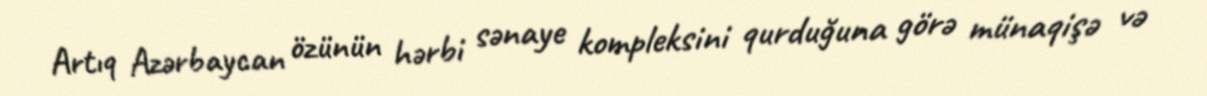
Artıq Azərbaycan özünün hərbi sənaye kompleksini qurduğuna görə münaqişə və